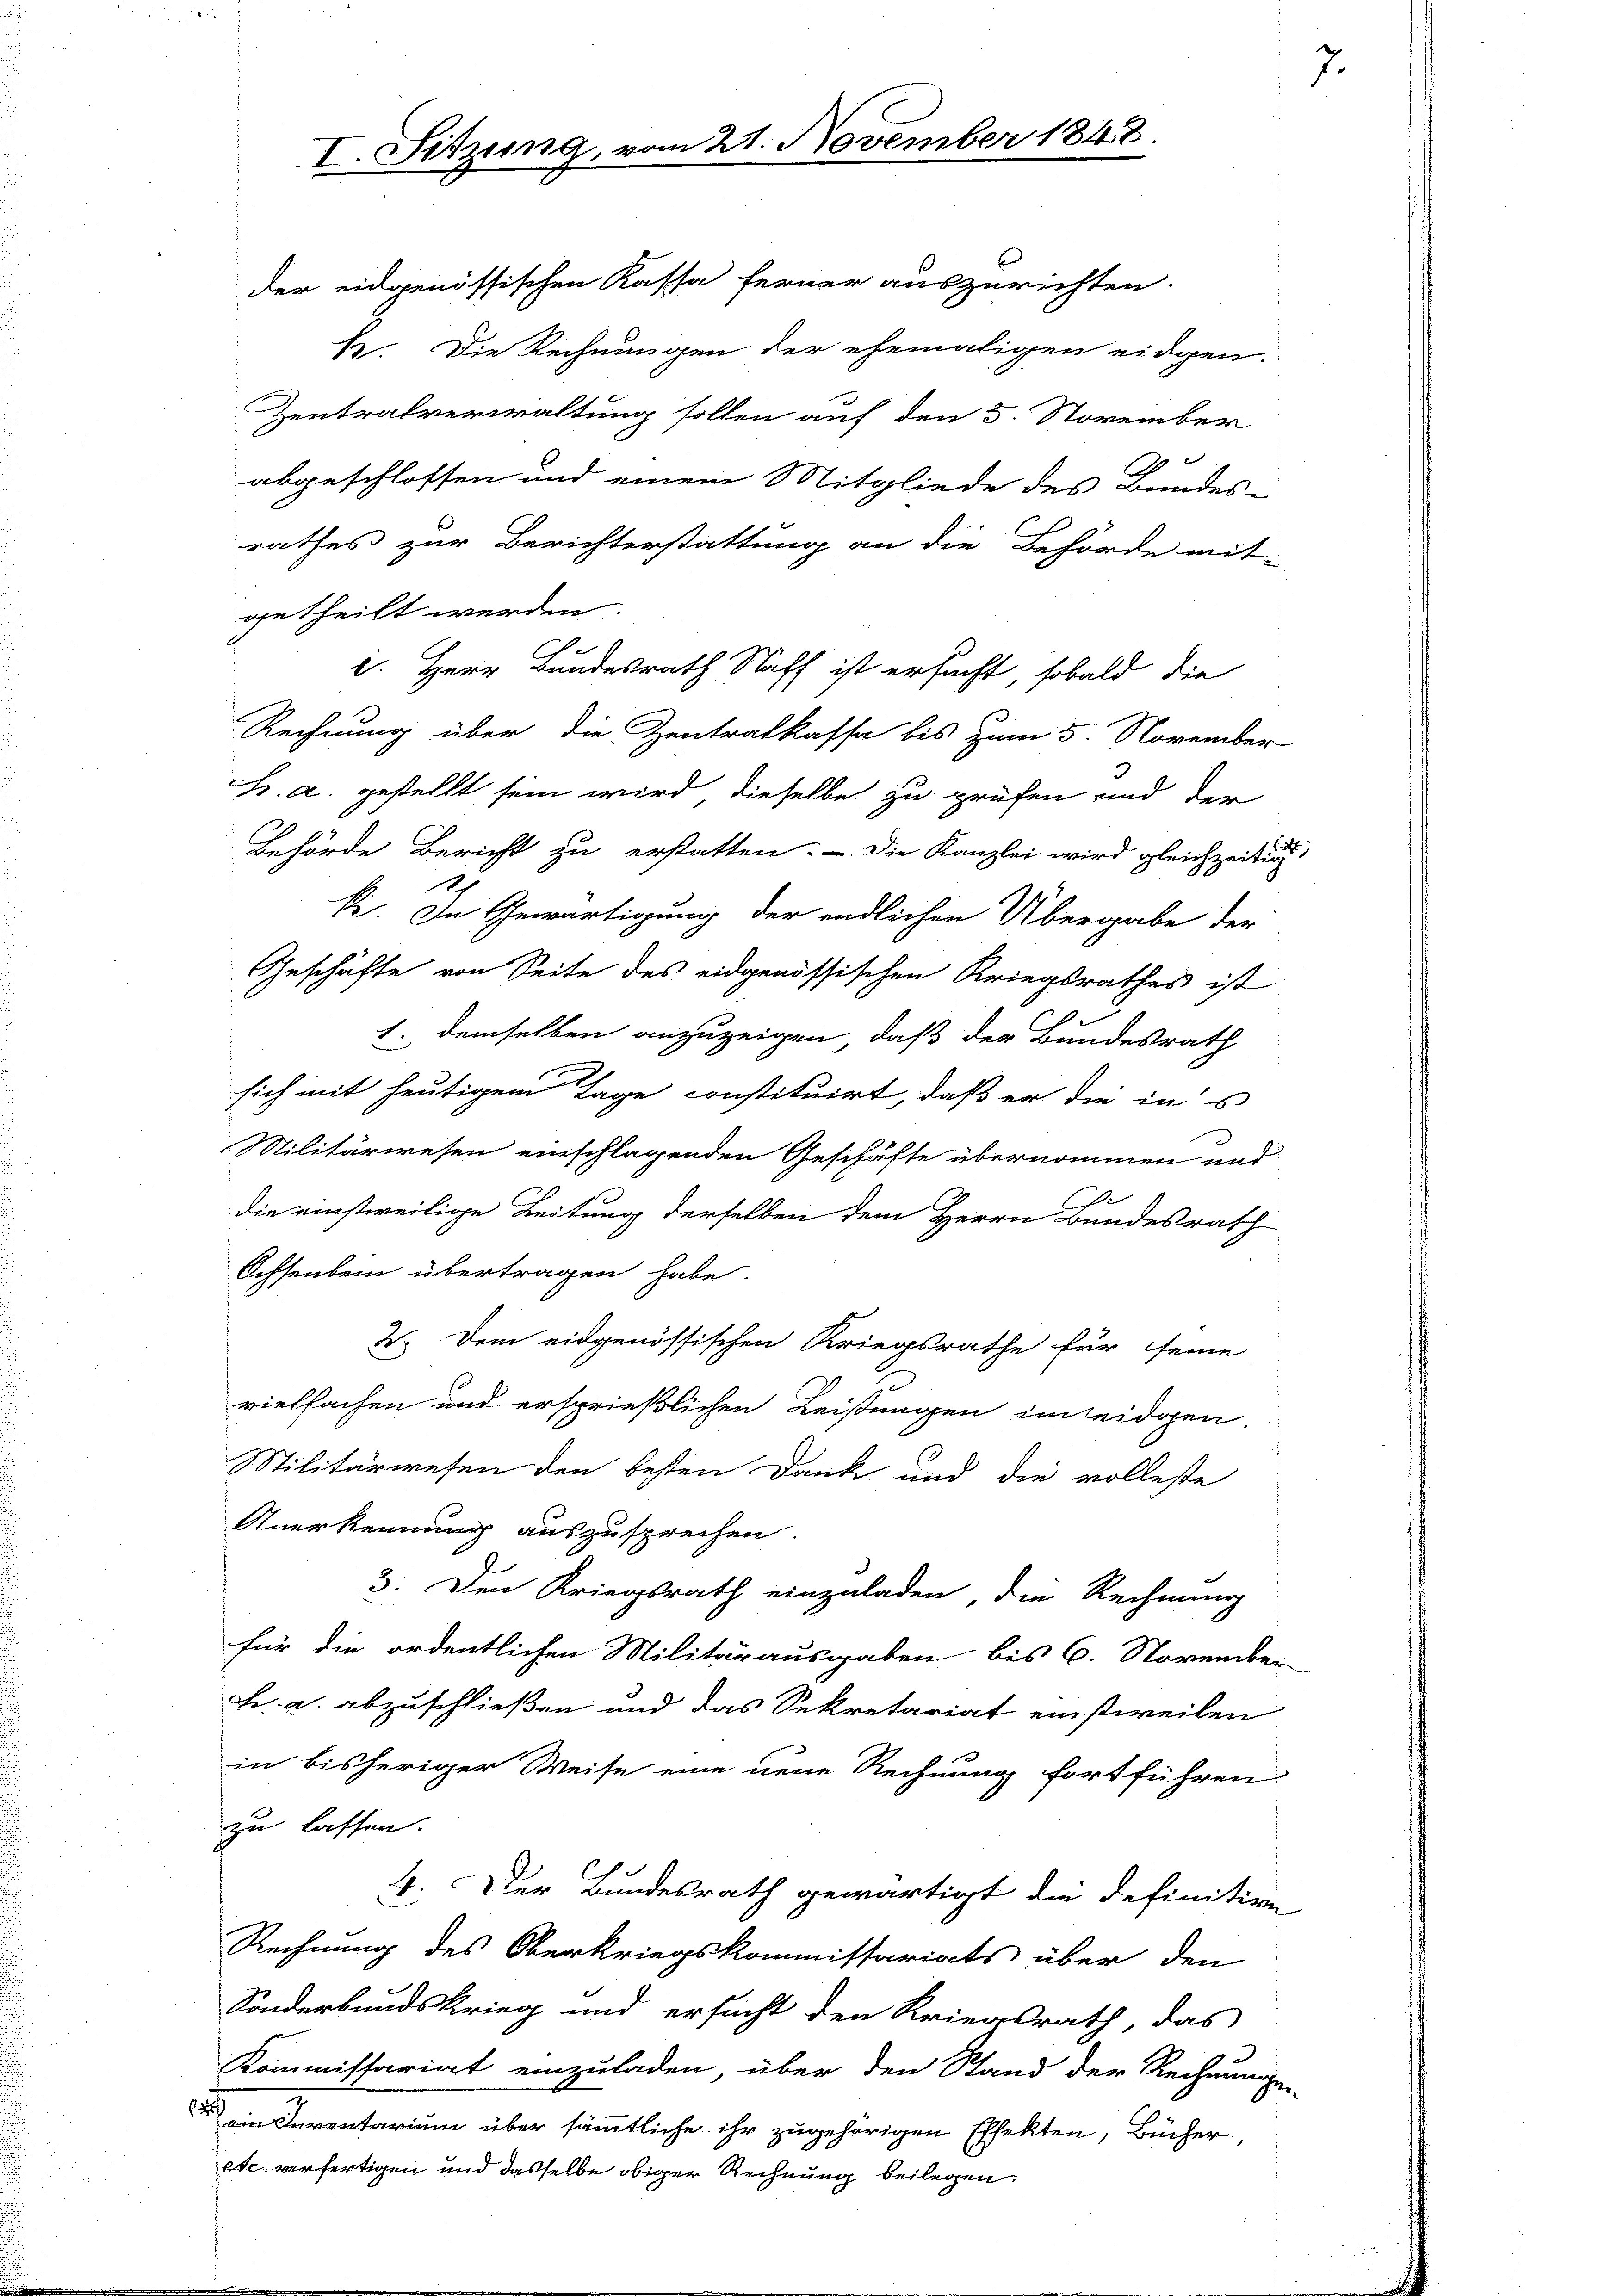
der eidgenössischen Kassa ferner auszurichten.
1. Die Rechnungen der ehemaligen eidgen.
Zentralverwaltung sollen auf den 5. November

abgeschlossen und einem Mitgliede des Bundes-
rathes zur Berichterstattung an die Behörde mit-
getheilt werden.
e. Herr Bundesrath Stoff ist ersucht, sobald die
Rechnung über die Zentralkassa bis zum 5. November
h. a. gestellt sein wird, dieselbe zu prüfen und der
Behörde Bericht zu erstatten. Die Kanzlei wird gleichzeitig
ki. In Gewärtigung der endlichen Übergabe der
Geschäfte von Seite des eidgenössischen Kriegsrathes ist
1. demselben anzuzeigen, daß der Bundesrath
sich mit heutigem Tage constituirt, daß er die ins
Militärwesen einschlagenden Geschäfte übernommen und
2
die einstweilige Leitung derselben dem Herrn Bundesrath
Ochsenbein übertragen habe.
2. Dem eidgenössischen Kriegsrathe für seine
vielfachen und ersprießlichen Leistungen im leidgen
Militärwesen den besten Dank und die volleste
Anerkennung auszusprechen.
3. Den Kriegsrath einzuladen, die Rechnung
für die ordentlichen Militärausgaben bis 6. November-
Fr. a. abzuschließen und das Sekretariat einstweilen
in bisheriger Weise eine neue Rechnung fortführen
zu lassen.
4. Der Bundesrath gewärtigt die definitive
Rechnung des Oberkriegskommissariats über den
Sonderbundskrieg und ersucht den Kriegsrath, das
Kommissariat einzuladen, über den Stand der Rechnungen
4
ein Inventarium über sämmtliche ihr zugehörigen Effekten, Bücher,
ste verfertigen und dasselbe obiger Rechnung beilegen.

I. Sitzung

221. November 1848.

7.